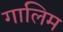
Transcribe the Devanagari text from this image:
गालिम